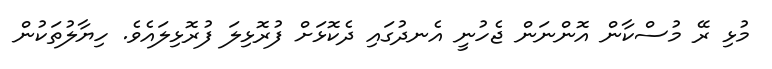
މުޅި ރޭ މުސްކާން އޮންނަން ޖެހުނީ އެނދުގައި ދެކޮޅަށް ފުރޮޅިލަ ފުރޮޅިލައެވެ. ހިޔާލުތަކުން